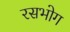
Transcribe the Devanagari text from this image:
रसभोग